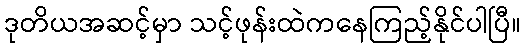
ဒုတိယအဆင့်မှာ သင့်ဖုန်းထဲကနေကြည့်နိုင်ပါပြီ။